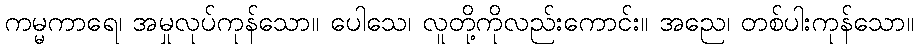
ကမ္မကာရေ၊ အမှုလုပ်ကုန်သော။ ပေါသေ၊ လူတို့ကိုလည်းကောင်း။ အညေ၊ တစ်ပါးကုန်သော။